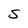
Character: S